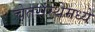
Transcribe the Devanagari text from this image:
चेतसंस्थेमध्ये